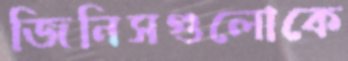
জিনিসগুলোকে